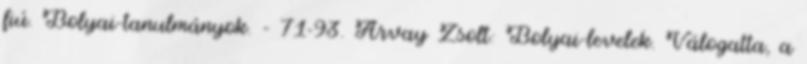
fiú. Bolyai-tanulmányok. – 71-93. Árvay Zsolt: Bolyai-levelek. Válogatta, a